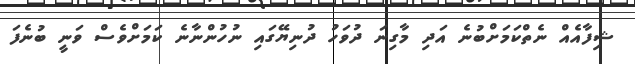
ޝިފާއެއް ނެތްކަމަށްބުނެ އަދި މާގިނަ ދުވަހު ދުނިޔޭގައި ނުހުންނާނެ ކަމަށްވެސް ވަނީ ބުނެފަ